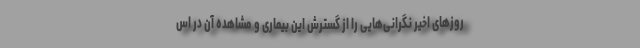
روزهای اخیر نگرانی‌هایی را از گسترش این بیماری و مشاهده آن‌ در اس